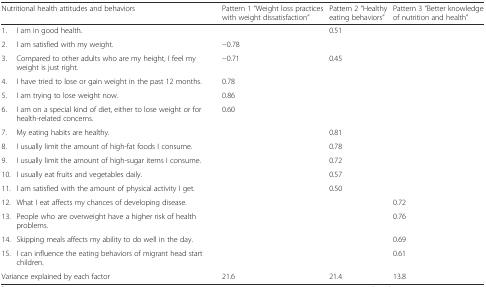
| <COLSPAN=2> Nutritional health attitudes and behaviors | Pattern 1 “Weight loss practices with weight dissatisfaction” | Pattern 2 “Healthy eating behaviors” | Pattern 3 “Better knowledge of nutrition and health” |
 | --- | --- | --- | --- | --- |
 | 1. | I am in good health. |  | 0.51 |  |
 | 2. | I am satisfied with my weight. | −0.78 |  |  |
 | 3. | Compared to other adults who are my height, I feel my weight is just right. | −0.71 | 0.45 |  |
 | 4. | I have tried to lose or gain weight in the past 12 months. | 0.78 |  |  |
 | 5. | I am trying to lose weight now. | 0.86 |  |  |
 | 6. | I am on a special kind of diet, either to lose weight or for health-related concerns. | 0.60 |  |  |
 | 7. | My eating habits are healthy. |  | 0.81 |  |
 | 8. | I usually limit the amount of high-fat foods I consume. |  | 0.78 |  |
 | 9. | I usually limit the amount of high-sugar items I consume. |  | 0.72 |  |
 | 10. | I usually eat fruits and vegetables daily. |  | 0.57 |  |
 | 11. | I am satisfied with the amount of physical activity I get. |  | 0.50 |  |
 | 12. | What I eat affects my chances of developing disease. |  |  | 0.72 |
 | 13. | People who are overweight have a higher risk of health problems. |  |  | 0.76 |
 | 14. | Skipping meals affects my ability to do well in the day. |  |  | 0.69 |
 | 15. | I can influence the eating behaviors of migrant head start children. |  |  | 0.61 |
 | <COLSPAN=2> Variance explained by each factor | 21.6 | 21.4 | 13.8 |